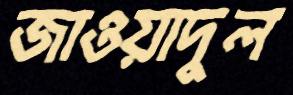
জাওয়াদুল